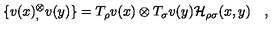
\{ v ( x ) { } _ { , } ^ { \otimes } v ( y ) \} = T _ { \rho } v ( x ) \otimes T _ { \sigma } v ( y ) { \cal H } _ { \rho \sigma } ( x , y ) \quad ,